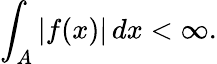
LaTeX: \int_{A}\left|f(x)\right|\, dx<\infty.